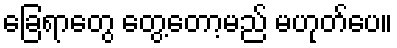
ခြေရာတွေ တွေ့တော့မည် မဟုတ်ပေ။